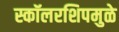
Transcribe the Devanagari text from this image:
स्कॉलरशिपमुळे